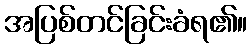
အပြစ်တင်ခြင်းခံရ၏။